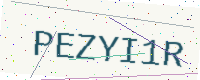
Text: PEZYI1R